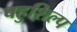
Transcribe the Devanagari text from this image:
बहुशिल्प